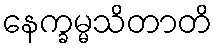
နေက္ခမ္မသိတာတိ